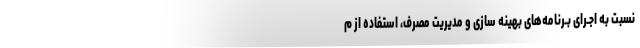
نسبت به اجـرای بـرنامه‌های بهینه سازی و مدیریت مصرف، استفاده از م